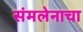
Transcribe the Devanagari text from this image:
संमलेनाचा